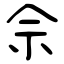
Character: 佘